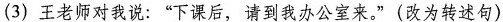
(3)王老师对我说：”下课后，请到我办公室来。”(改为转述句)